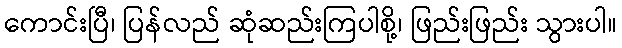
ကောင်းပြီ၊ ပြန်လည် ဆုံဆည်းကြပါစို့၊ ဖြည်းဖြည်း သွားပါ။